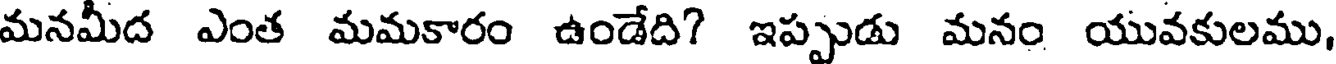
మనమీద ఎంత మమకారం ఉండేది? ఇప్పుడు మనం యువకులము,